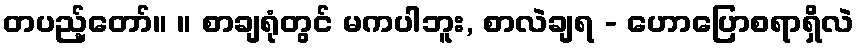
တပည့်တော်။ ။ စာချရုံတွင် မကပါဘူး, စာလဲချရ - ဟောပြောစရာရှိလဲ